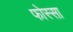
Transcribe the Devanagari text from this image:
फोस्सा